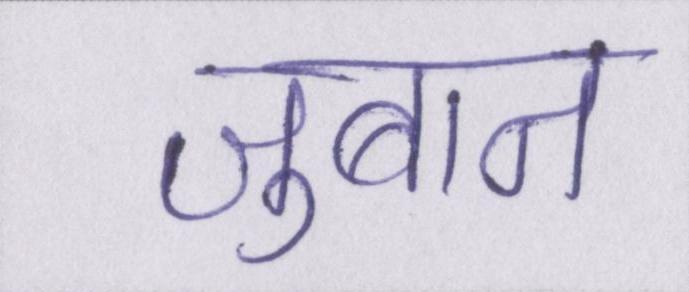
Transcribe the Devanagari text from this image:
ज़ुबान